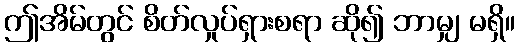
ဤအိမ်တွင် စိတ်လှုပ်ရှားစရာ ဆို၍ ဘာမျှ မရှိ။